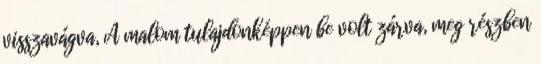
visszavágva, A malom tulajdonképpen be volt zárva, meg részben